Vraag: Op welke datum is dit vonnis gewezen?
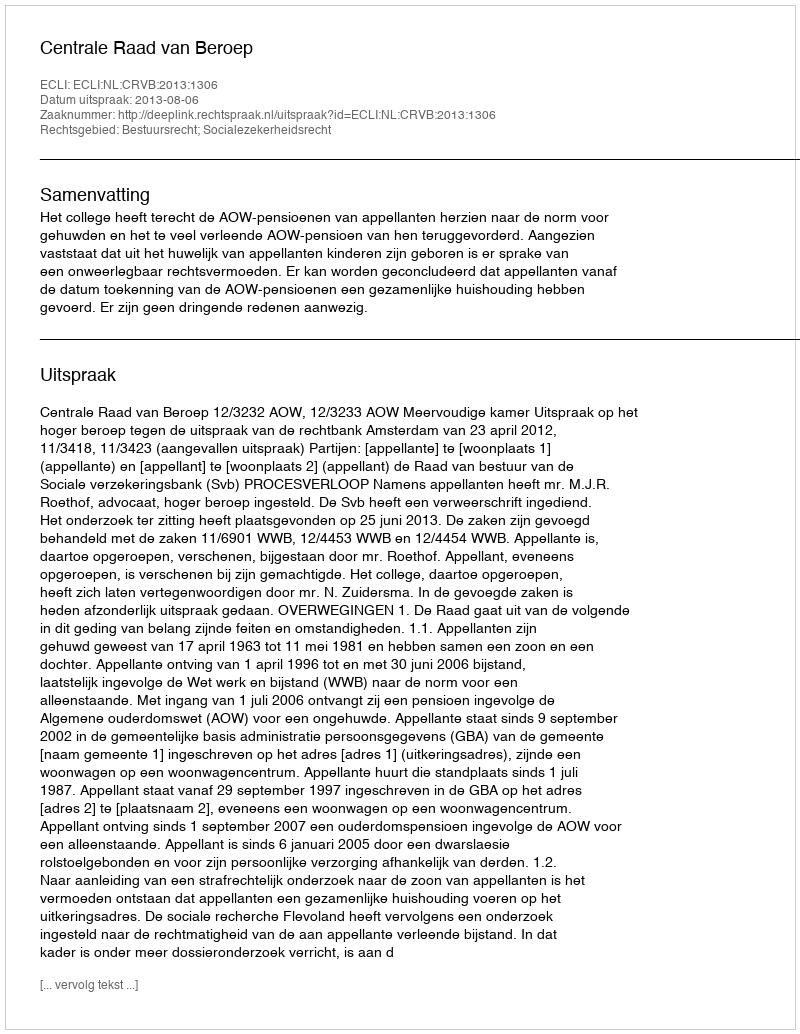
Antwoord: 2013-08-06